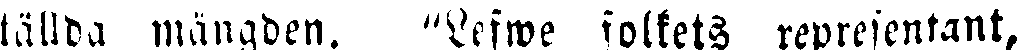
ställda mängden. "Lefwe folkets representant,